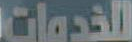
الخدمات